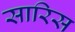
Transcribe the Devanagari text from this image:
सारिस